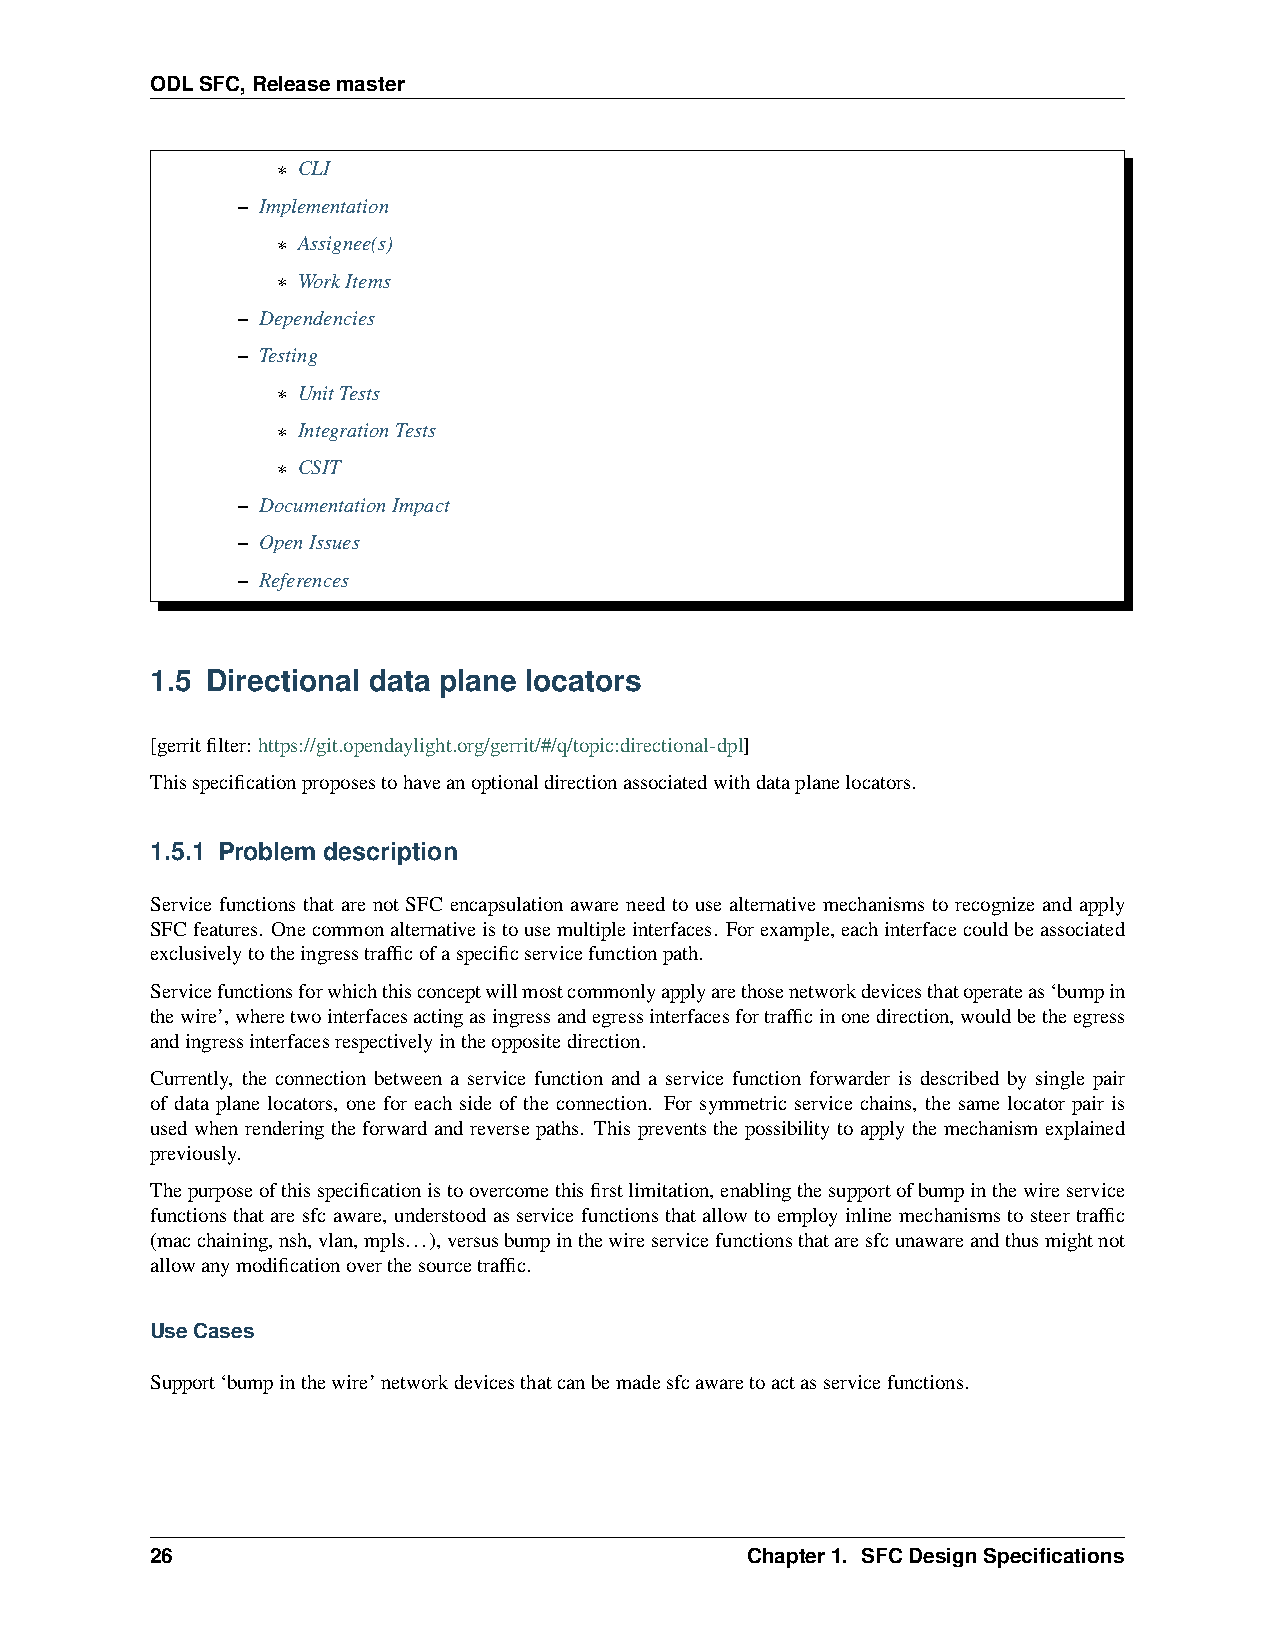
ODLSFC,Releasemaster
 * CLI
 – Implementation
 * Assignee(s)
 * WorkItems
 – Dependencies
 – Testing
 * UnitTests
 * IntegrationTests
 * CSIT
 – DocumentationImpact
 – OpenIssues
 – References
 1.5 Directional data plane locators
 [gerritfilter: https://git.opendaylight.org/gerrit/#/q/topic:directional-dpl]
 Thisspecificationproposestohaveanoptionaldirectionassociatedwithdataplanelocators.
 1.5.1 Problem description
 Service functions that are not SFC encapsulation aware need to use alternative mechanisms to recognize and apply
 SFCfeatures. Onecommonalternativeistousemultipleinterfaces. Forexample,eachinterfacecouldbeassociated
 exclusivelytotheingresstrafficofaspecificservicefunctionpath.
 Servicefunctionsforwhichthisconceptwillmostcommonlyapplyarethosenetworkdevicesthatoperateas‘bumpin
 thewire’,wheretwointerfacesactingasingressandegressinterfacesfortrafficinonedirection,wouldbetheegress
 andingressinterfacesrespectivelyintheoppositedirection.
 Currently, the connection between a service function and a service function forwarder is described by single pair
 of data plane locators, one for each side of the connection. For symmetric service chains, the same locator pair is
 usedwhenrenderingtheforwardandreversepaths. Thispreventsthepossibilitytoapplythemechanismexplained
 previously.
 Thepurposeofthisspecificationistoovercomethisfirstlimitation,enablingthesupportofbumpinthewireservice
 functions that are sfc aware, understood as service functions that allow to employ inline mechanisms to steer traffic
 (macchaining,nsh,vlan,mpls...),versusbumpinthewireservicefunctionsthataresfcunawareandthusmightnot
 allowanymodificationoverthesourcetraffic.
 UseCases
 Support‘bumpinthewire’networkdevicesthatcanbemadesfcawaretoactasservicefunctions.
 26                                     Chapter1. SFCDesignSpecifications